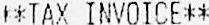
**TAX INVOICE**